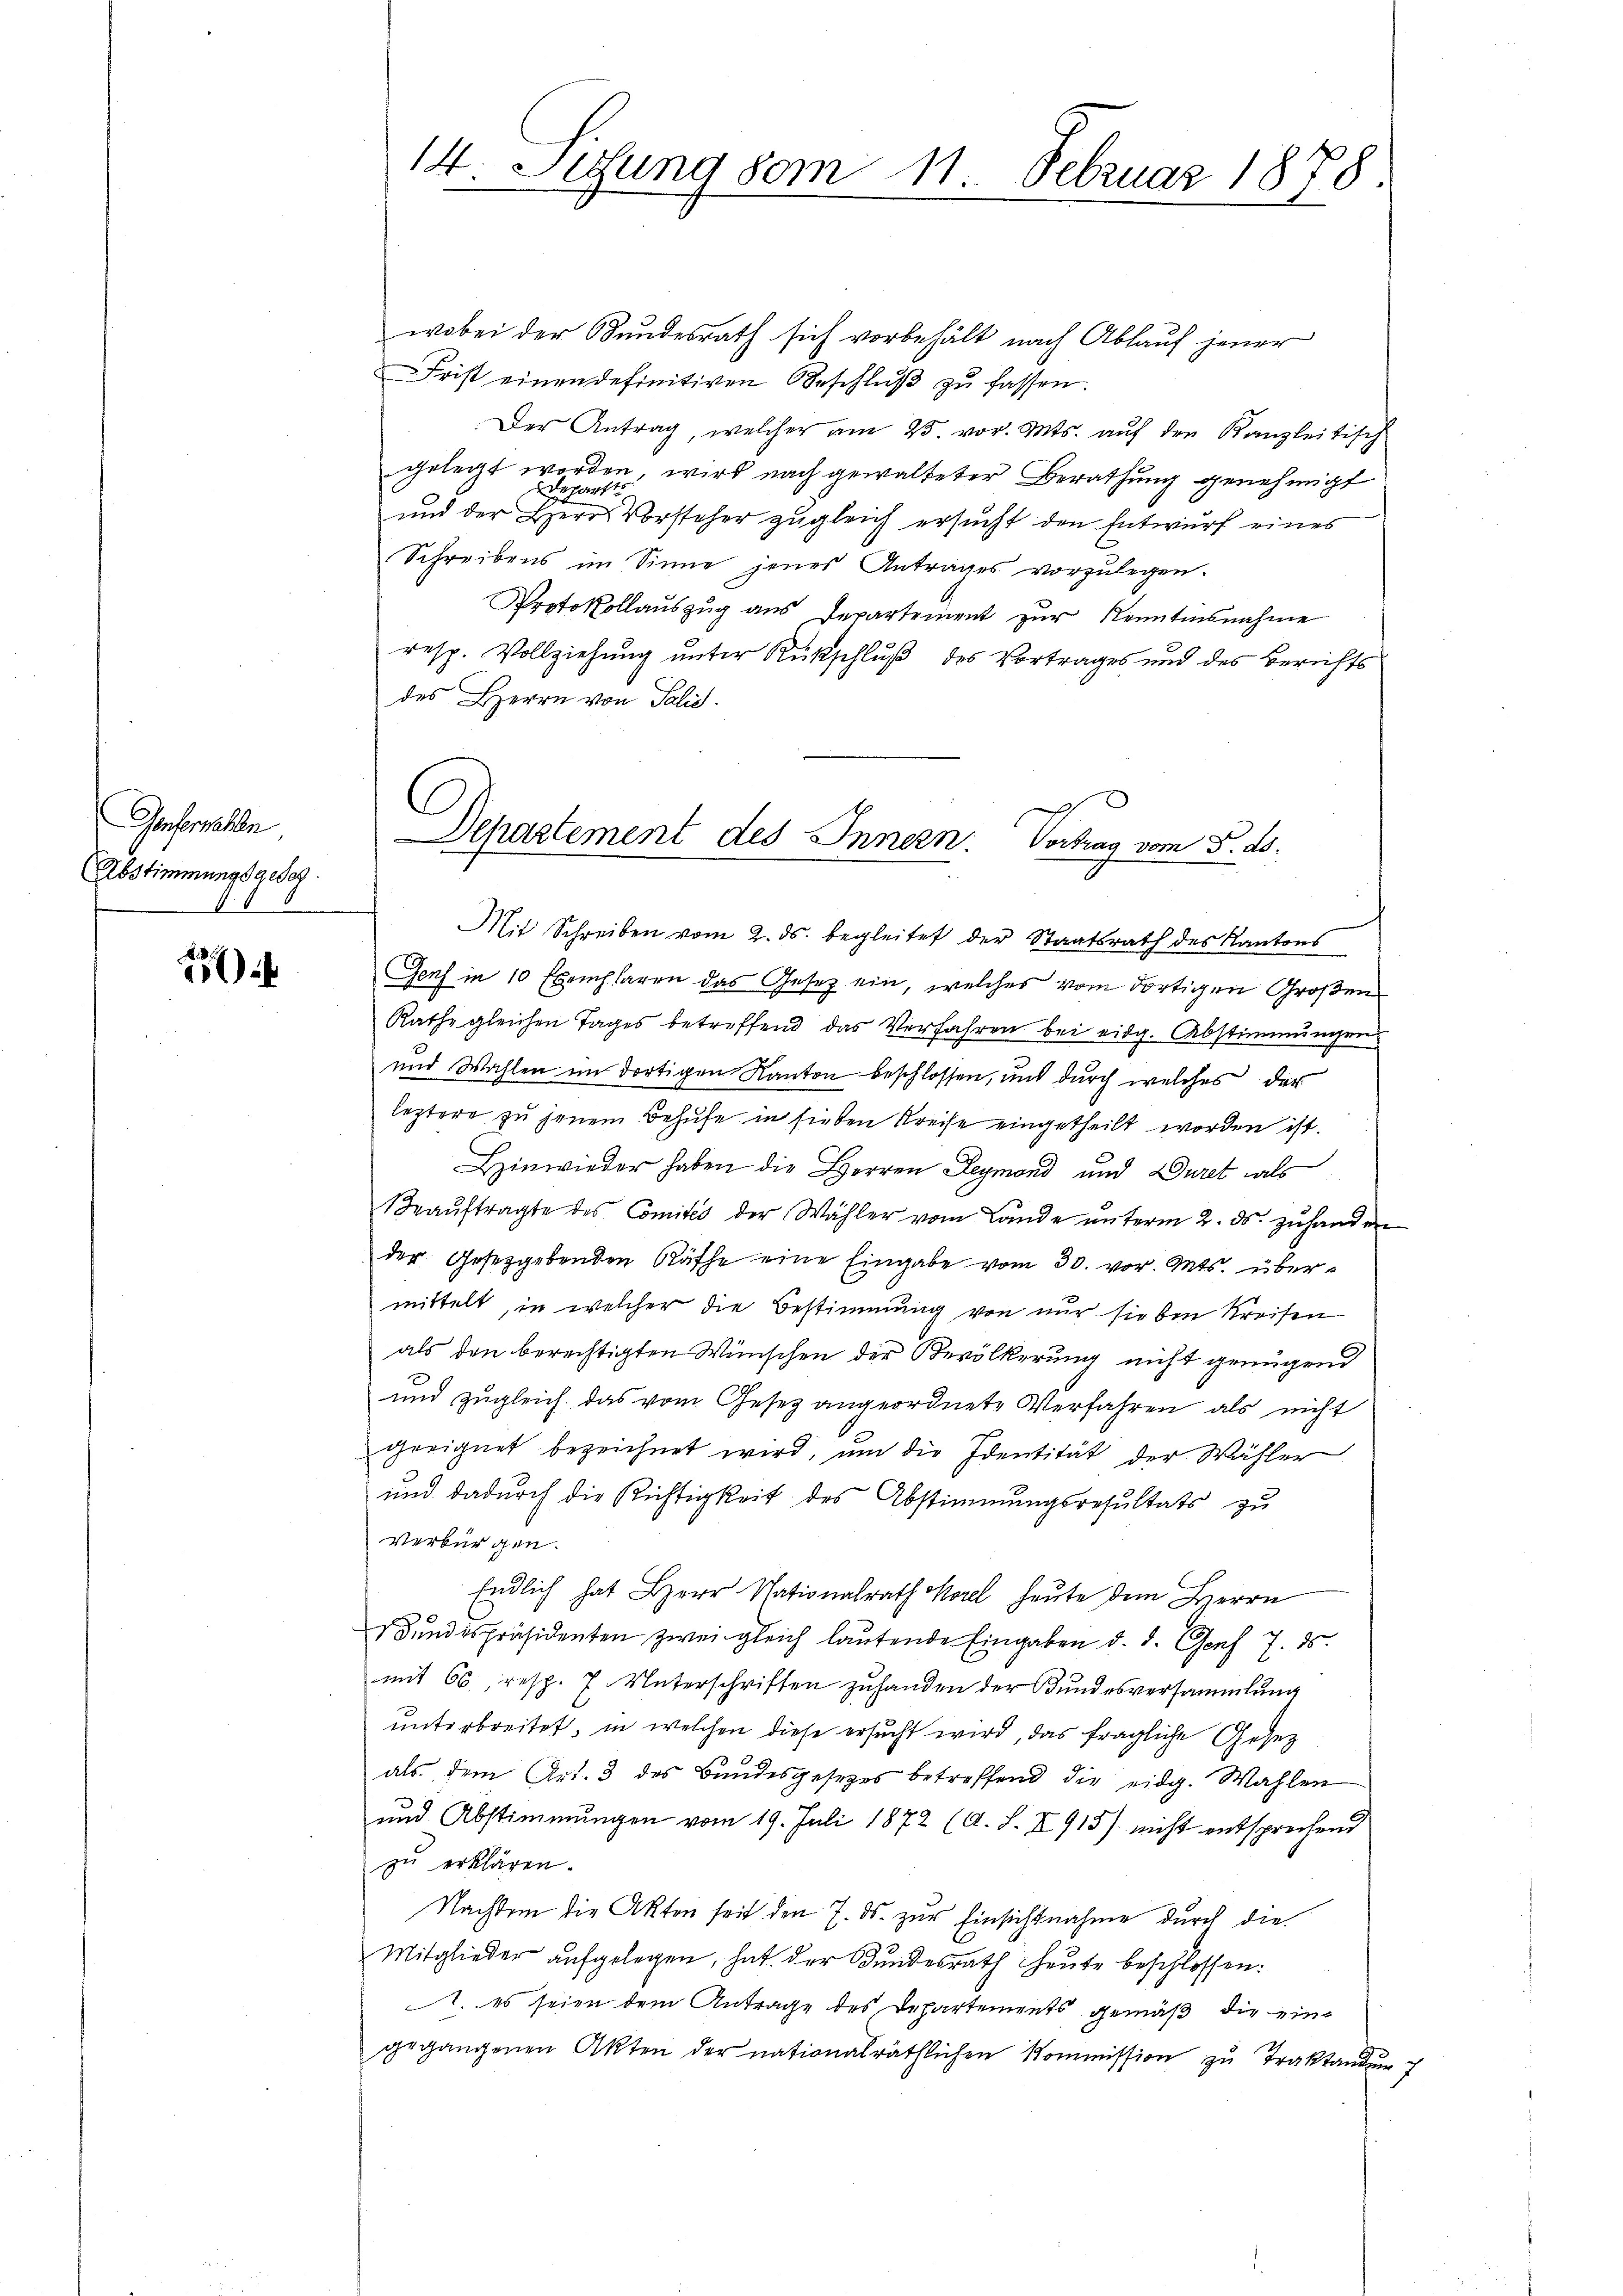
Genfernellen,
Abstimmungsgeseg

2

14. Sitzung vom 11. Februar 1878

wobei der Bundesrath sich vorbehält nach Ablauf jener
Frist einen definitiven Beschlŭβ zŭ fassen.
Der Antrag, welcher am 25. vor. Mts. auf den Kanzleitisch
gelegt worden, wird nach gewalteter Berathung genehmigt
und der Vorsteher zugleich ersucht den Entwurf eines
Schreibens im Sinne jenes Antrages vorzulegen.
Protokollauszug aus Repartement zur Kenntnisnahme
resp. Vollziehung unter Rückschluß des Vortrages und des Berichts
des Herrn von Talić.
Mit Schreiben vom 2. ds. begleitet der Staatsrath des Kantons
Genf in 10 Exemplaren das Gesetz ein, welches vom dortigen Großen
Rathe gleichen Tages betreffend das Verfahren bei eidg. Abstimmungen
und Wahlen im dortigen Kanton beschlossen, und durch welches der
leztere zu jenem Behufe in sieben Kreise eingetheilt worden ist.
Hinwieder haben die Herren Leymond und Duret, als
Beaŭftragte des Comités der Wähler vom Lande ŭnterm 2. ds. zŭ handen
der Gesetzgebenden Räthe eine Eingabe vom 30. vor. Mts. übermittelt, in welcher die Bestimmung von nur sie bei Kreisen
als den berechtigten Wünschen der Bevölkerung nicht genügend
und zugleich das vom Gesetz angeordnete Verfahren als nicht
geeignet bezeichnet wird, um die Identität der Wähler
und dadurch die Richtigkeit des Abstimmungsresultats zu
Verbürgen.
Endlich hat Herr Stationalrath Morel heŭte dem Herrn
Bundespräsidenten zwei gleich lautende Eingaben d. d. Genf 7. ds.
mit 66 resp. 7. Unterschriften zuhanden der Bundesversammlung
unterbreitet, in welchen diese ersucht wird, das fragliche Gesetz
als dem Art. 3 des Bundesgesetzes betreffend die eidg. Wahlen
und Abstimmungen vom 19. Juli 1872 (A. S. X 915) nicht entsprechend
zu erklären.
Nachdem die Akten seit den 7. ds. zur Einsichtnahme durch die
Mitglieder aufgelegen, hat der Bundesrath heute beschlossen:
. es seien dem Antrage des Departements gemäß die eingegangenen Akten der nationalräthlichen Kommission zu Traktandun

Departement des Innern. Vortrag vom 5. ds.